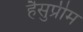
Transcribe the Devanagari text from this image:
हैसुप्रीम